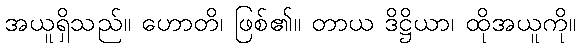
အယူရှိသည်။ ဟောတိ၊ ဖြစ်၏။ တာယ ဒိဋ္ဌိယာ၊ ထိုအယူကို။